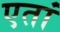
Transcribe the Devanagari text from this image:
एतां